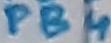
Text: PB4